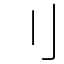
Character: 刂